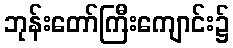
ဘုန်းတော်ကြီးကျောင်း၌